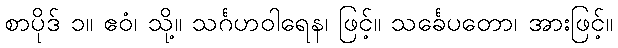
စာပိုဒ် ၁။ ဧဝံ၊ သို့။ သင်္ဂဟဝါရေန၊ ဖြင့်။ သင်္ခေပတော၊ အားဖြင့်။